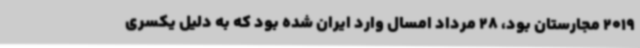
2019 مجارستان بود، 28 مرداد امسال وارد ایران شده بود که به دلیل یکسری